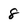
Character: 8